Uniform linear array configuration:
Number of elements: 4
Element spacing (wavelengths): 0.25
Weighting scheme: binomial
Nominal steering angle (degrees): -30
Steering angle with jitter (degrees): -30.571
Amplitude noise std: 0.05
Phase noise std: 0.05

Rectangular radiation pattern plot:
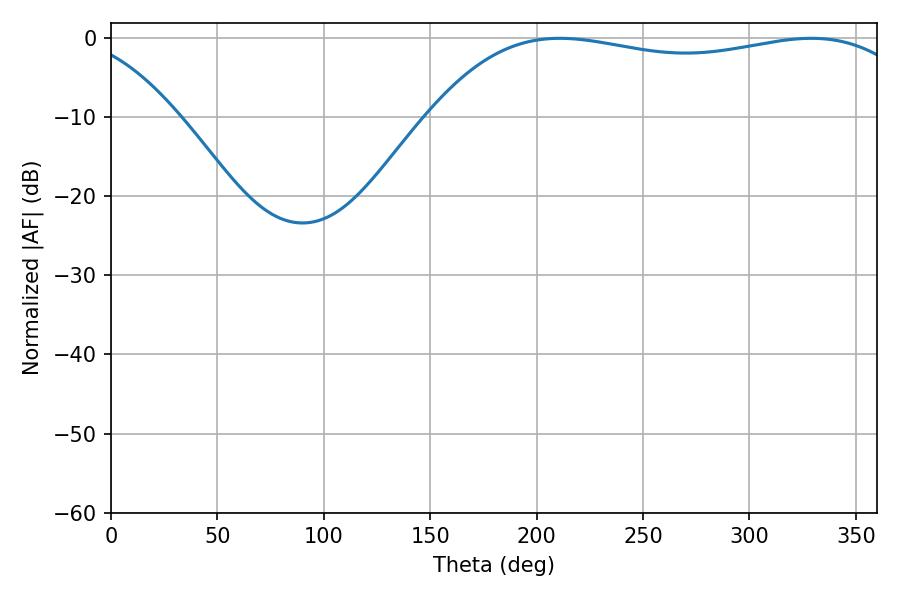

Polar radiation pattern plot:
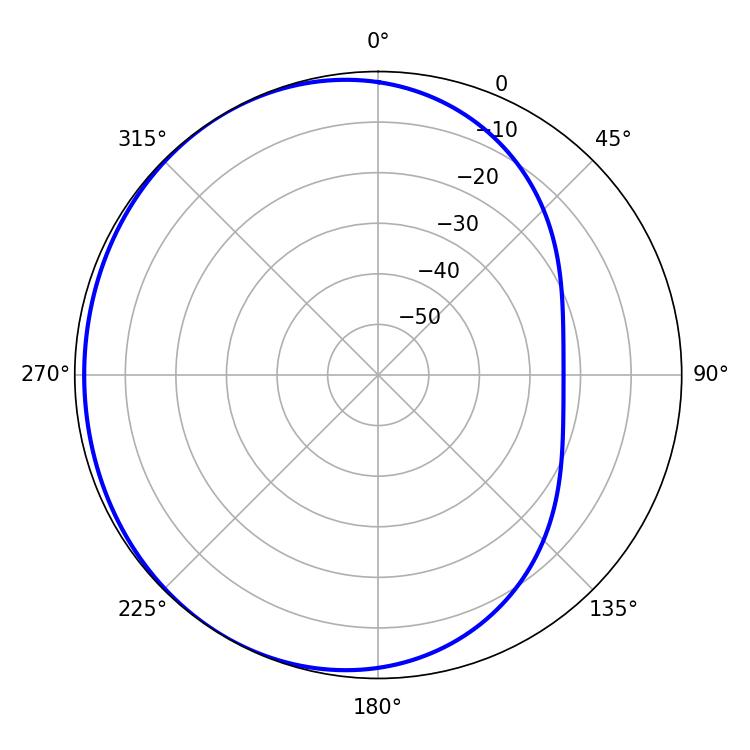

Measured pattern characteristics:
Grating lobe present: FALSE
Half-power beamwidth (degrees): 185.4
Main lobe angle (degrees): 210.96